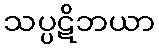
သပ္ပဋိဘယာ